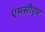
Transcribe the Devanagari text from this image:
एमसीएम